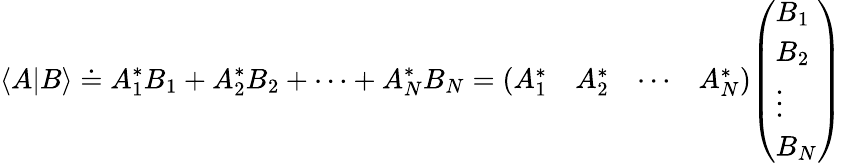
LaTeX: \langle A|B\rangle\doteq A_{1}^{*}B_{1}+A_{2}^{*}B_{2}+\cdots+A_{N}^{*}B_{N}={\left(\begin{array}{llll}{A_{1}^{*}}&{A_{2}^{*}}&{\cdots}&{A_{N}^{*}}\end{array}\right)}{\left(\begin{array}{l}{B_{1}}\\ {B_{2}}\\ {\vdots}\\ {B_{N}}\end{array}\right)}